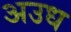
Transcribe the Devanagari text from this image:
अउध